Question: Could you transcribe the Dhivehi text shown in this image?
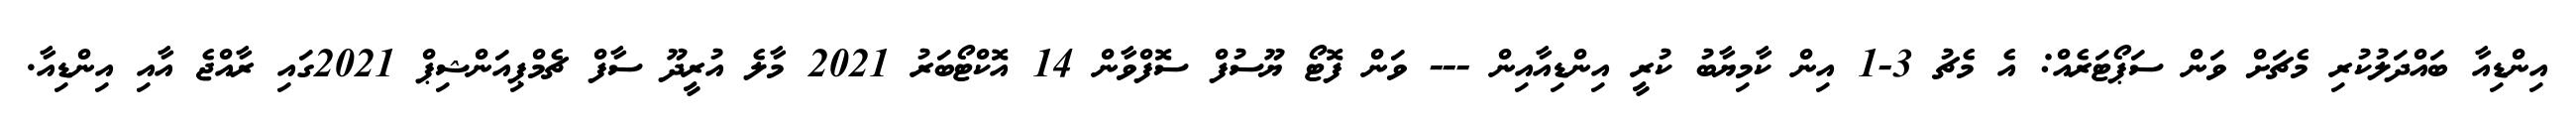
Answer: އިންޑިއާ ބައްދަލުކުރި މެޗަށް ވަން ސަޕޯޓަރެއް: އެ މެޗު 3-1 އިން ކާމިޔާބު ކުރީ އިންޑިއާއިން --- ވަން ފޮޓޯ ޔޫސުފް ސޮފްވާން 14 އޮކްޓޯބަރު 2021 މާލެ އުރީދޫ ސާފް ޗެމްޕިއަންޝިޕް 2021ގައި ރާއްޖެ އާއި އިންޑިއާ.